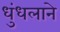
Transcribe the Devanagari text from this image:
धुंधलाने